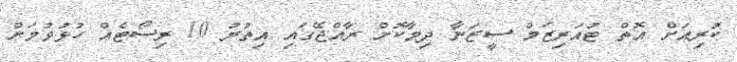
ކުރިއަށް އޮތް ޓުއަރިޒަމް ސީޒަނާ ދިމާކޮށް ރާއްޖޭގައި އިތުރު 10 ރިސޯޓެއް ހުޅުވުމަށް